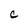
Character: C